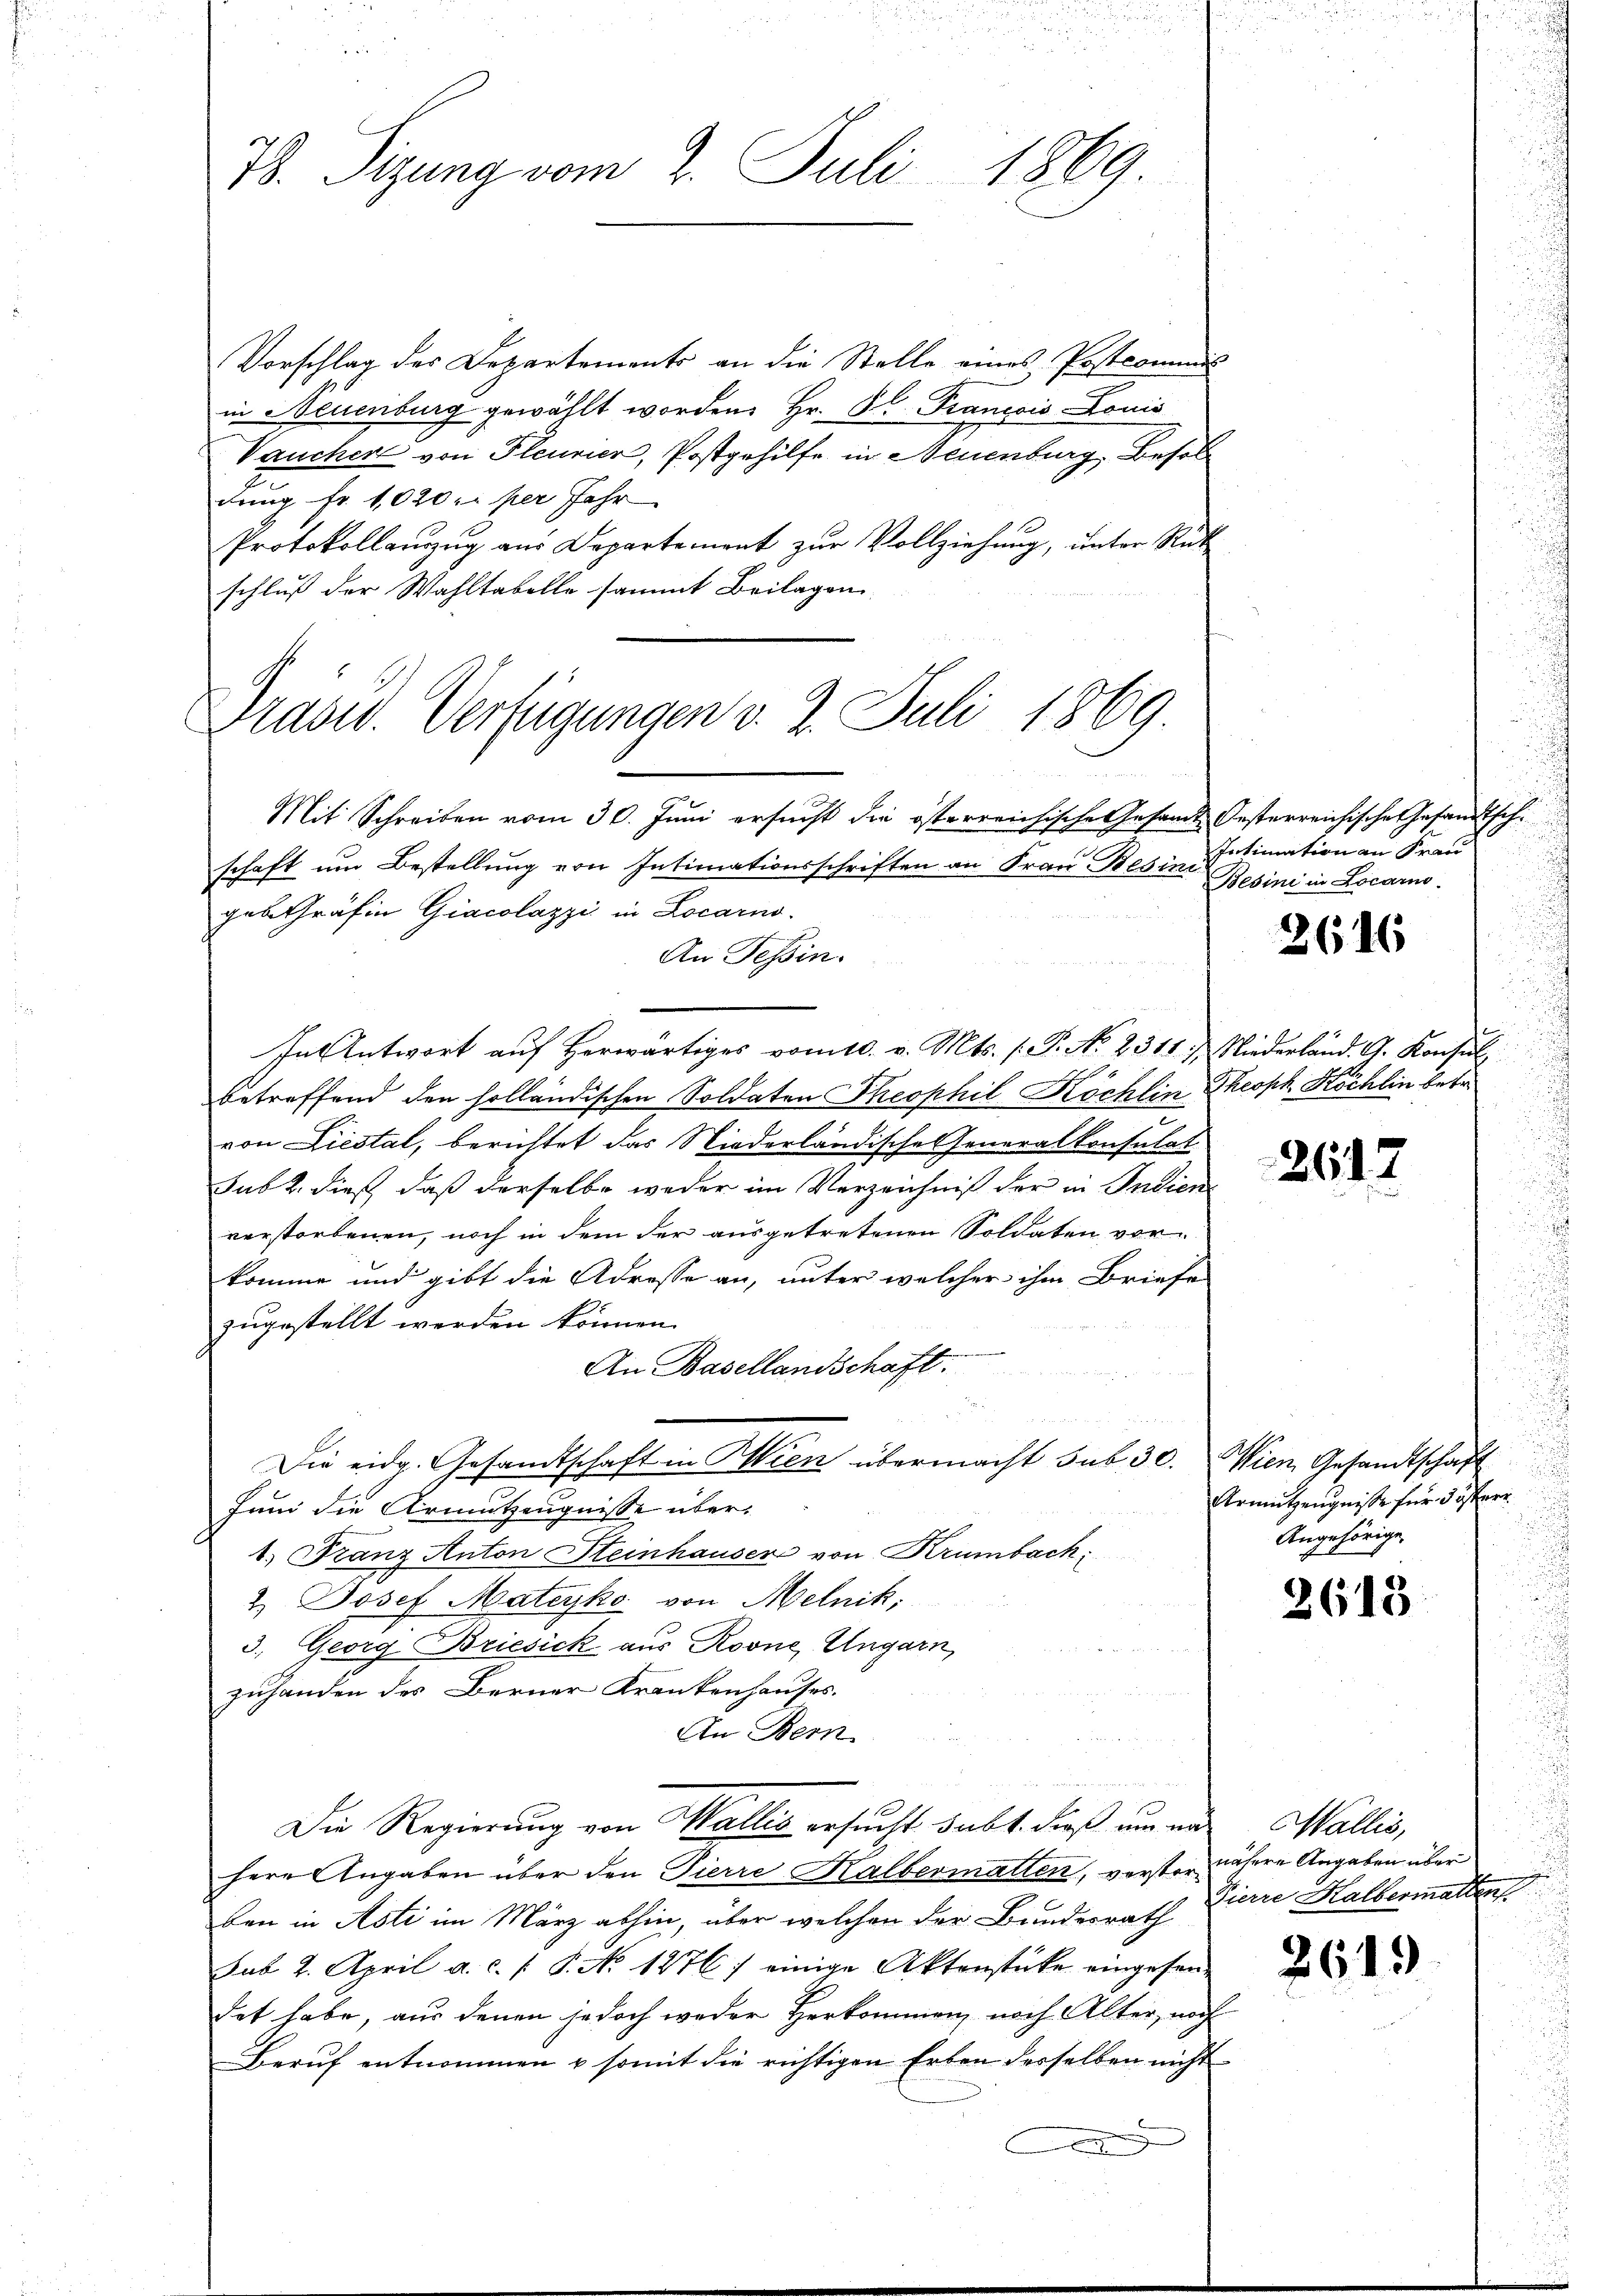
78. Sizung vom 2. Juli 1869.

Vorschlag des Departements an die Stelle eines Postcommis
in Neuenburg gewählt worden. Hr. P. Francois Louis
Varucher von Pleunier, Postgehilfe in Neuenburg, Besoldung fr. 1020: per Jahr
Protokollauszug aus Departement zur Vollziehung, unter Rück
schluß der Wahltabelle sammt Beilagen.

Präsid. Verfügungen v. 2. Juli 1869

Mit Schreiben vom 30. Juni ersucht die österreichische Gesamt Oesterreichisches Gesandtsch
schaft um Bestellung von Intimationsschriften an Frau Besini
.
geb. Gräfin Giacolazzi in Locarno.
An Tessin.
In Antwort auf herwärtiges vom 10. v. Mts. (: P. No. 2311. Niederländ. G. Konsul
betreffend den holländischen Soldaten Theophil Köchlin Theoph Köchlin betr.
von Liestal, berichtet das Niederländische Generalkonsulat
sub 2. dieß, daß derselbe weder im Verzeichniß der in Indien
verstorbenen, noch in dem der ausgetretenen Soldaten vorkomme und gibt die Adresse an, unter welcher ihm Briefe
zugestellt werden können.
An Basellandschaft.
Die eidg. Gesandtschaft in Wien übermacht sub 30.
Juni die Armutzeugnisse über¬
1. Franz Anton Steinhauser von Krumbach:
2. Josef Mateyko von Melnik;
3. Georg Briesick aus Roone, Ungarn,
zuhanden des Berner Krankenhauses.
An Bern
Die Regierung von Wallis ersucht habt. dieß um mit
herr Angaben über den Pierre Kalbermatten, verster nähere Angaben über
ben in Asti im März abhin, über welchen der Bundesrath
sub 2. April a. c. f. P. No 1276) einige Aktenstücke eingesendet habe, aus denen jedoch weder Herkommen, nach Alter, noch
Beruf entnommen & somit die richtigen Erben desselben nicht
x

Intimation an Frau
Besini in Locarno.

2686

2617

Wien Gesandtschaft
Urmutzeugnisse für österr
Angehörige

2615

Wallis,
Vierre Halbermatten.

2619